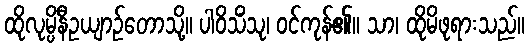
ထိုလုမ္ပိနီဥယျာဉ်တောသို့။ ပါဝိသိံသု၊ ဝင်ကုန်၏။ သာ၊ ထိုမိဖုရားသည်။